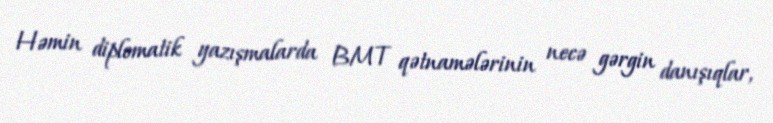
Həmin diplomatik yazışmalarda BMT qətnamələrinin necə gərgin danışıqlar,